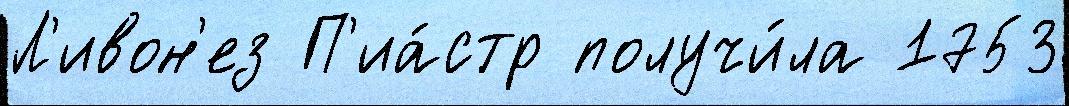
Л'ивон'ез П'иа́стр получи́ла 1753